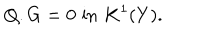
LaTeX: Q . G = 0 \, \, \mathrm { i n } \, \, K ^ { 1 } ( Y ) .